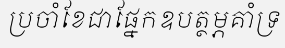
ប្រចាំខែជាផ្នែកឧបត្ថម្ភគាំទ្រ